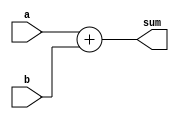
`timescale 1ns / 1ps
//////////////////////////////////////////////////////////////////////////////////
// Company: 
// Engineer: 
// 
// Design Name: 
// Module Name: adder_8bit
// Project Name: 
// Target Devices: 
// Tool Versions: 
// Description: 
// 
// Dependencies: 
// 
// Revision:
// Revision 0.01 - File Created
// Additional Comments:
// 
//////////////////////////////////////////////////////////////////////////////////


module adder_8bit(a,b, sum);
input [7:0] a,b;
output [7:0] sum ; 
assign sum = a + b;
endmodule